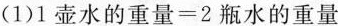
(1)$$1壶水的重量=2瓶水的重量$$